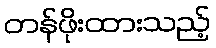
တန်ဖိုးထားသည့်